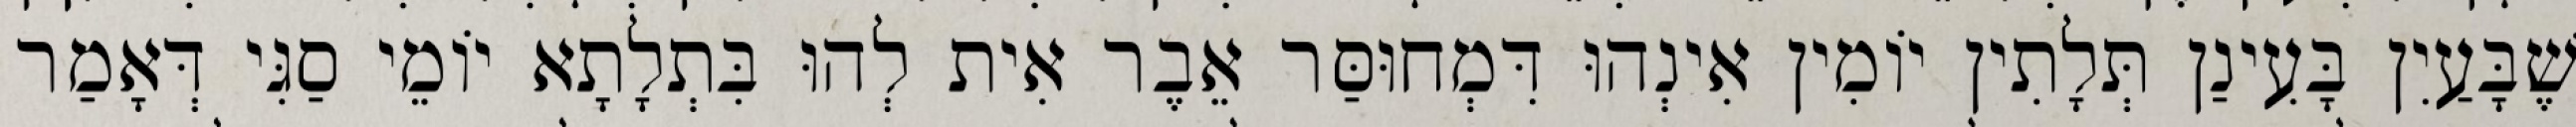
שֶׁבָּעַיִן בָּעִינַן תְּלָתִין יוֹמִין אִינְהוּ דִּמְחוּסַּר אֵבֶר אִית לְהוּ בִּתְלָתָא יוֹמֵי סַגִּי דְּאָמַר